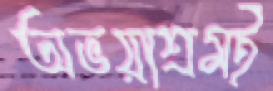
অভয়াশ্রমই